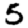
Digit: 5